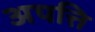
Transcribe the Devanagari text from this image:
अपत्ति